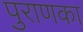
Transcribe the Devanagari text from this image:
पुराणका